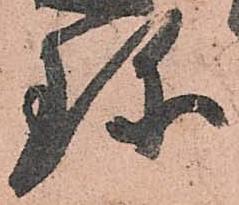
珍